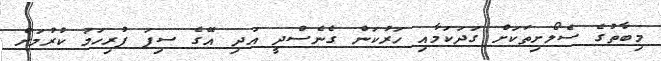
މިބާތުގެ ސެލޯށިތަކަށް ގަދަކަމާއި ހަރުކަން ގެނެސްދީ އަދި އޭގެ ސިފަ ފުރިހަމަ ކުރުމަށް